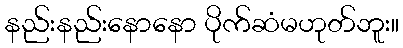
နည်းနည်းနောနော ပိုက်ဆံမဟုတ်ဘူး။